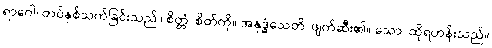
ရာဂေါ၊ တပ်နှစ်သက်ခြင်းသည်။ စိတ္တံ၊ စိတ်ကို။ အနုဒ္ဓံသေတိ၊ ဖျက်ဆီး၏။ သော၊ ထိုရဟန်းသည်။